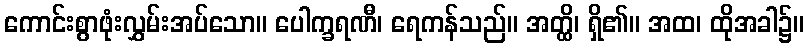
ကောင်းစွာဖုံးလွှမ်းအပ်သော။ ပေါက္ခရဏီ၊ ရေကန်သည်။ အတ္ထိ၊ ရှိ၏။ အထ၊ ထိုအခါ၌။